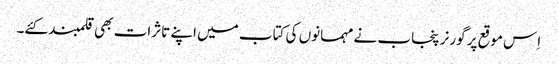
اِس موقع پر گورنر پنجاب نے مہمانوں کی کتاب میں اپنے تاثرات بھی قلمبند کئے۔